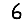
Digit: 6